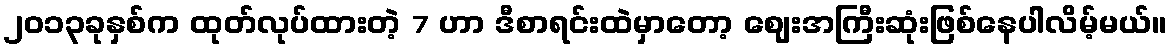
၂၀၁၃ခုနှစ်က ထုတ်လုပ်ထားတဲ့ 7 ဟာ ဒီစာရင်းထဲမှာတော့ ဈေးအကြီးဆုံးဖြစ်နေပါလိမ့်မယ်။